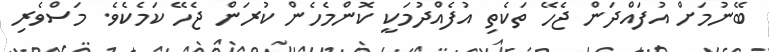
ބޭނުމަށް އުފައްދަން ޖެހޭ ތަކެތި އުފެއްދުމަކީ ކޮންމެހެން ކުރަން ޖެހޭ ކަމެކެވެ. މަސްވެރި